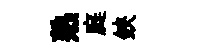
熟庭鋏